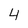
Character: 4